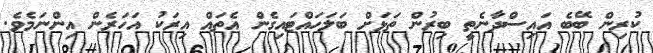
ކުރިން ބޭބެ އައިސްދާނެތީ ބިރުން ތަޅަށް ބަލަހައްޓައިގެން އެތައް އިރަކު އަހަރެން އިންނަމެވެ.